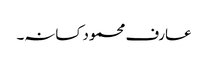
عارف محمود کسانہ۔